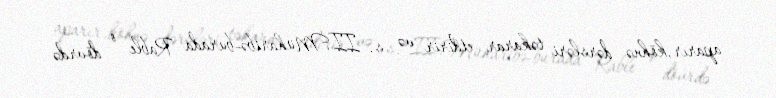
aparır,köhnə dərsləri təkarar etdirir və s. II.Müharibə-burada Rable o dövrdə